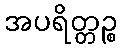
အပရိတ္တဉ္စ